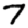
Digit: 7